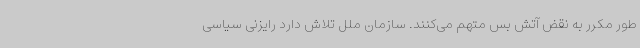
طور مکرر به نقض آتش بس متهم می‌کنند. سازمان ملل تلاش دارد رایزنی سیاسی